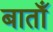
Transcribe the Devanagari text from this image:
बाताँ